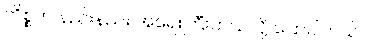
ကိစ္စက နည်းနည်း အရေးကြီးတယ်လို့ ပြောပါတယ်။